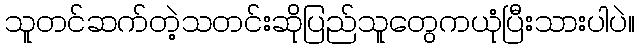
သူတင်ဆက်တဲ့သတင်းဆိုပြည်သူတွေကယုံပြီးသားပါပဲ။